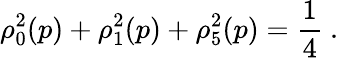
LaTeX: \rho_{0}^{2}(p)+\rho_{1}^{2}(p)+\rho_{5}^{2}(p)=\frac{1}{4}\ .